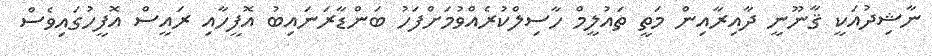
ނާޝިދުއަކީ ޤާނޫނީ ދާއިރާއިން މަތީ ތައުލީމް ހާސިލްކުރެއްވުމަށްފަހު ބަންޑާރަނައިބު އޮފީހާއި ރައީސް އޮފީހުގައިވެސް